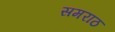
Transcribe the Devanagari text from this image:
समराठ